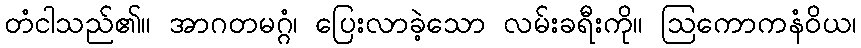
တံငါသည်၏။ အာဂတမဂ္ဂံ၊ ပြေးလာခဲ့သော လမ်းခရီးကို။ ဩကောကနံဝိယ၊